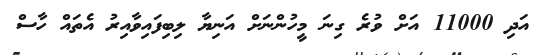
އަދި 11000 އަށް ވުރެ ގިނަ މީހުންނަށް އަނިޔާ ލިބިފައިވާއިރު އެތައް ހާސް